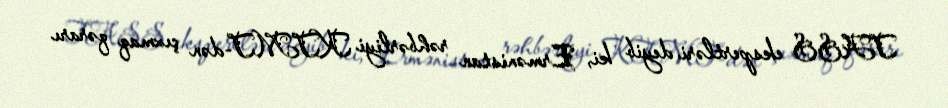
TASS ekspertləri deyib ki, Ermənistan rəhbərliyi KTMT-dən çıxmaq qərarı